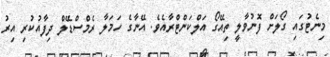
މިނެޓުގައި ގޯލަށް ފޮނުވާލީ ތިއޭގޯ އަލްކަންޓްރާއެވެ. އޭނާގެ ހަމަލާ ރެމްސްޑޭލް ދިފާއުކުރި އިރު